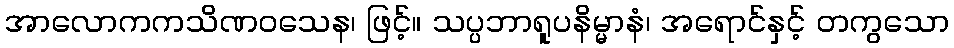
အာလောကကသိဏဝသေန၊ ဖြင့်။ သပ္ပဘာရူပနိမ္မာနံ၊ အရောင်နှင့် တကွသော